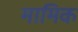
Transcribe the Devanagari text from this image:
मामिक